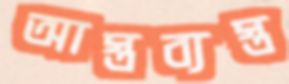
আস্তব্যস্ত